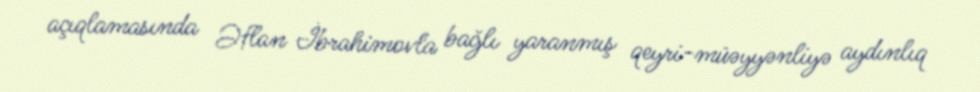
açıqlamasında Əflan İbrahimovla bağlı yaranmış qeyri-müəyyənliyə aydınlıq